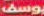
يوسف